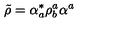
\tilde { \rho } = \alpha _ { a } ^ { * } \rho _ { b } ^ { a } \alpha ^ { a }